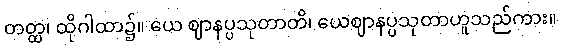
တတ္ထ၊ ထိုဂါထာ၌။ ယေ ဈာနပ္ပသုတာတိ၊ ယေဈာနပ္ပသုတာဟူသည်ကား။